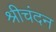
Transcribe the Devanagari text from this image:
श्रीचंदन